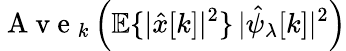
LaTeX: \mathrm{~A~v~e~}_{k}\left({\mathbb E}\{ |\hat{x}[k]|^{2}\} \, |\hat{\psi}_{\lambda}[k]|^{2}\right)